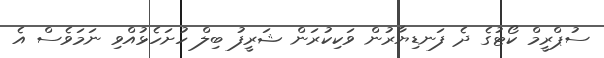
ސުޕްރީމް ކޯޓުގެ ދެ ފަނޑިޔާރުން ވަކިކުރަން ޝަރީފު ބިލް ހުށަހެޅުއްވި ނަމަވެސް އެ